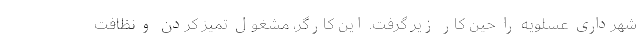
شهرداری عسلویه را حین کار زیر گرفت. این کارگر، مشغول تمیز کردن و نظافت